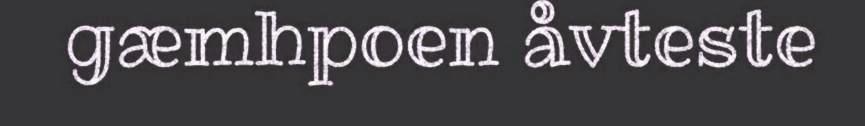
gæmhpoen åvteste